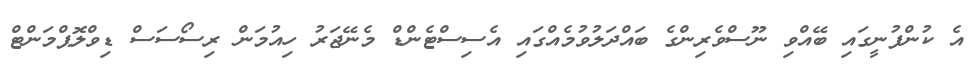
އެ ކުންފުނީގައި ބޭއްވި ނޫސްވެރިންގެ ބައްދަލުވުމެއްގައި އެސިސްޓެންޑް މެނޭޖަރު ހިއުމަން ރިސޯސަސް ޑިވްލޮޕްމަންޓް